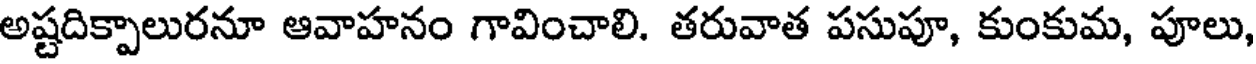
అష్టదిక్పాలురనూ ఆవాహనం గావించాలి. తరువాత పసుపూ, కుంకుమ, పూలు,